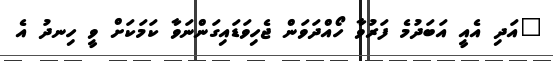
"އަދި އެއީ އަބަދުމެ ފަރުވާ ހޯއްދަވަން ޖެހިވަޑައިގަންނަވާ ކަމަކަށް ވީ ހިނދު އެ